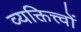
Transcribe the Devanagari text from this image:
व्यक्तित्त्वों